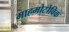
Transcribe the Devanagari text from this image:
माहमोटोविक